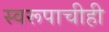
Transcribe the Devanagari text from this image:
स्वरूपाचीही